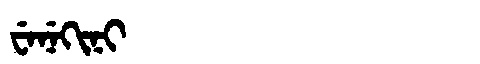
Manchu: ᠸᡝᠨᡝᡴᡳᠨᡳ
Romanization: WENEKINI